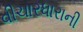
વીચારધારાની